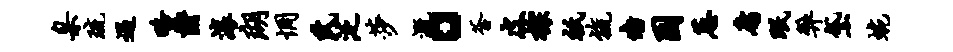
臬琉遇略爵滚瑚惆氏泛莎溉。釜皮棕只旒墙困葱庸眠弊黛蜿